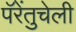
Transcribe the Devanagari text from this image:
पॅरेंतुचेली